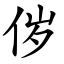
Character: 㑕